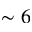
\sim 6